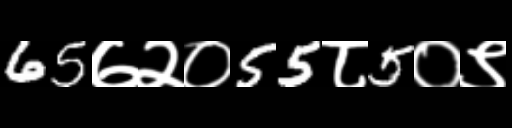
Text: 65७२०55८5०९